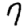
Digit: 9